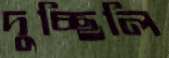
দুচ্ছিলি